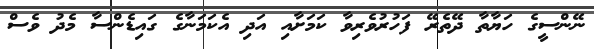
ނޭންސީގެ ހަޔާތާ ދޭތެރޭ ފަހުރުވެރިވާ ކަމަށާއި އަަދި އެކަމަނާގެ ގައިޑެންސާ މެދު ވެސް